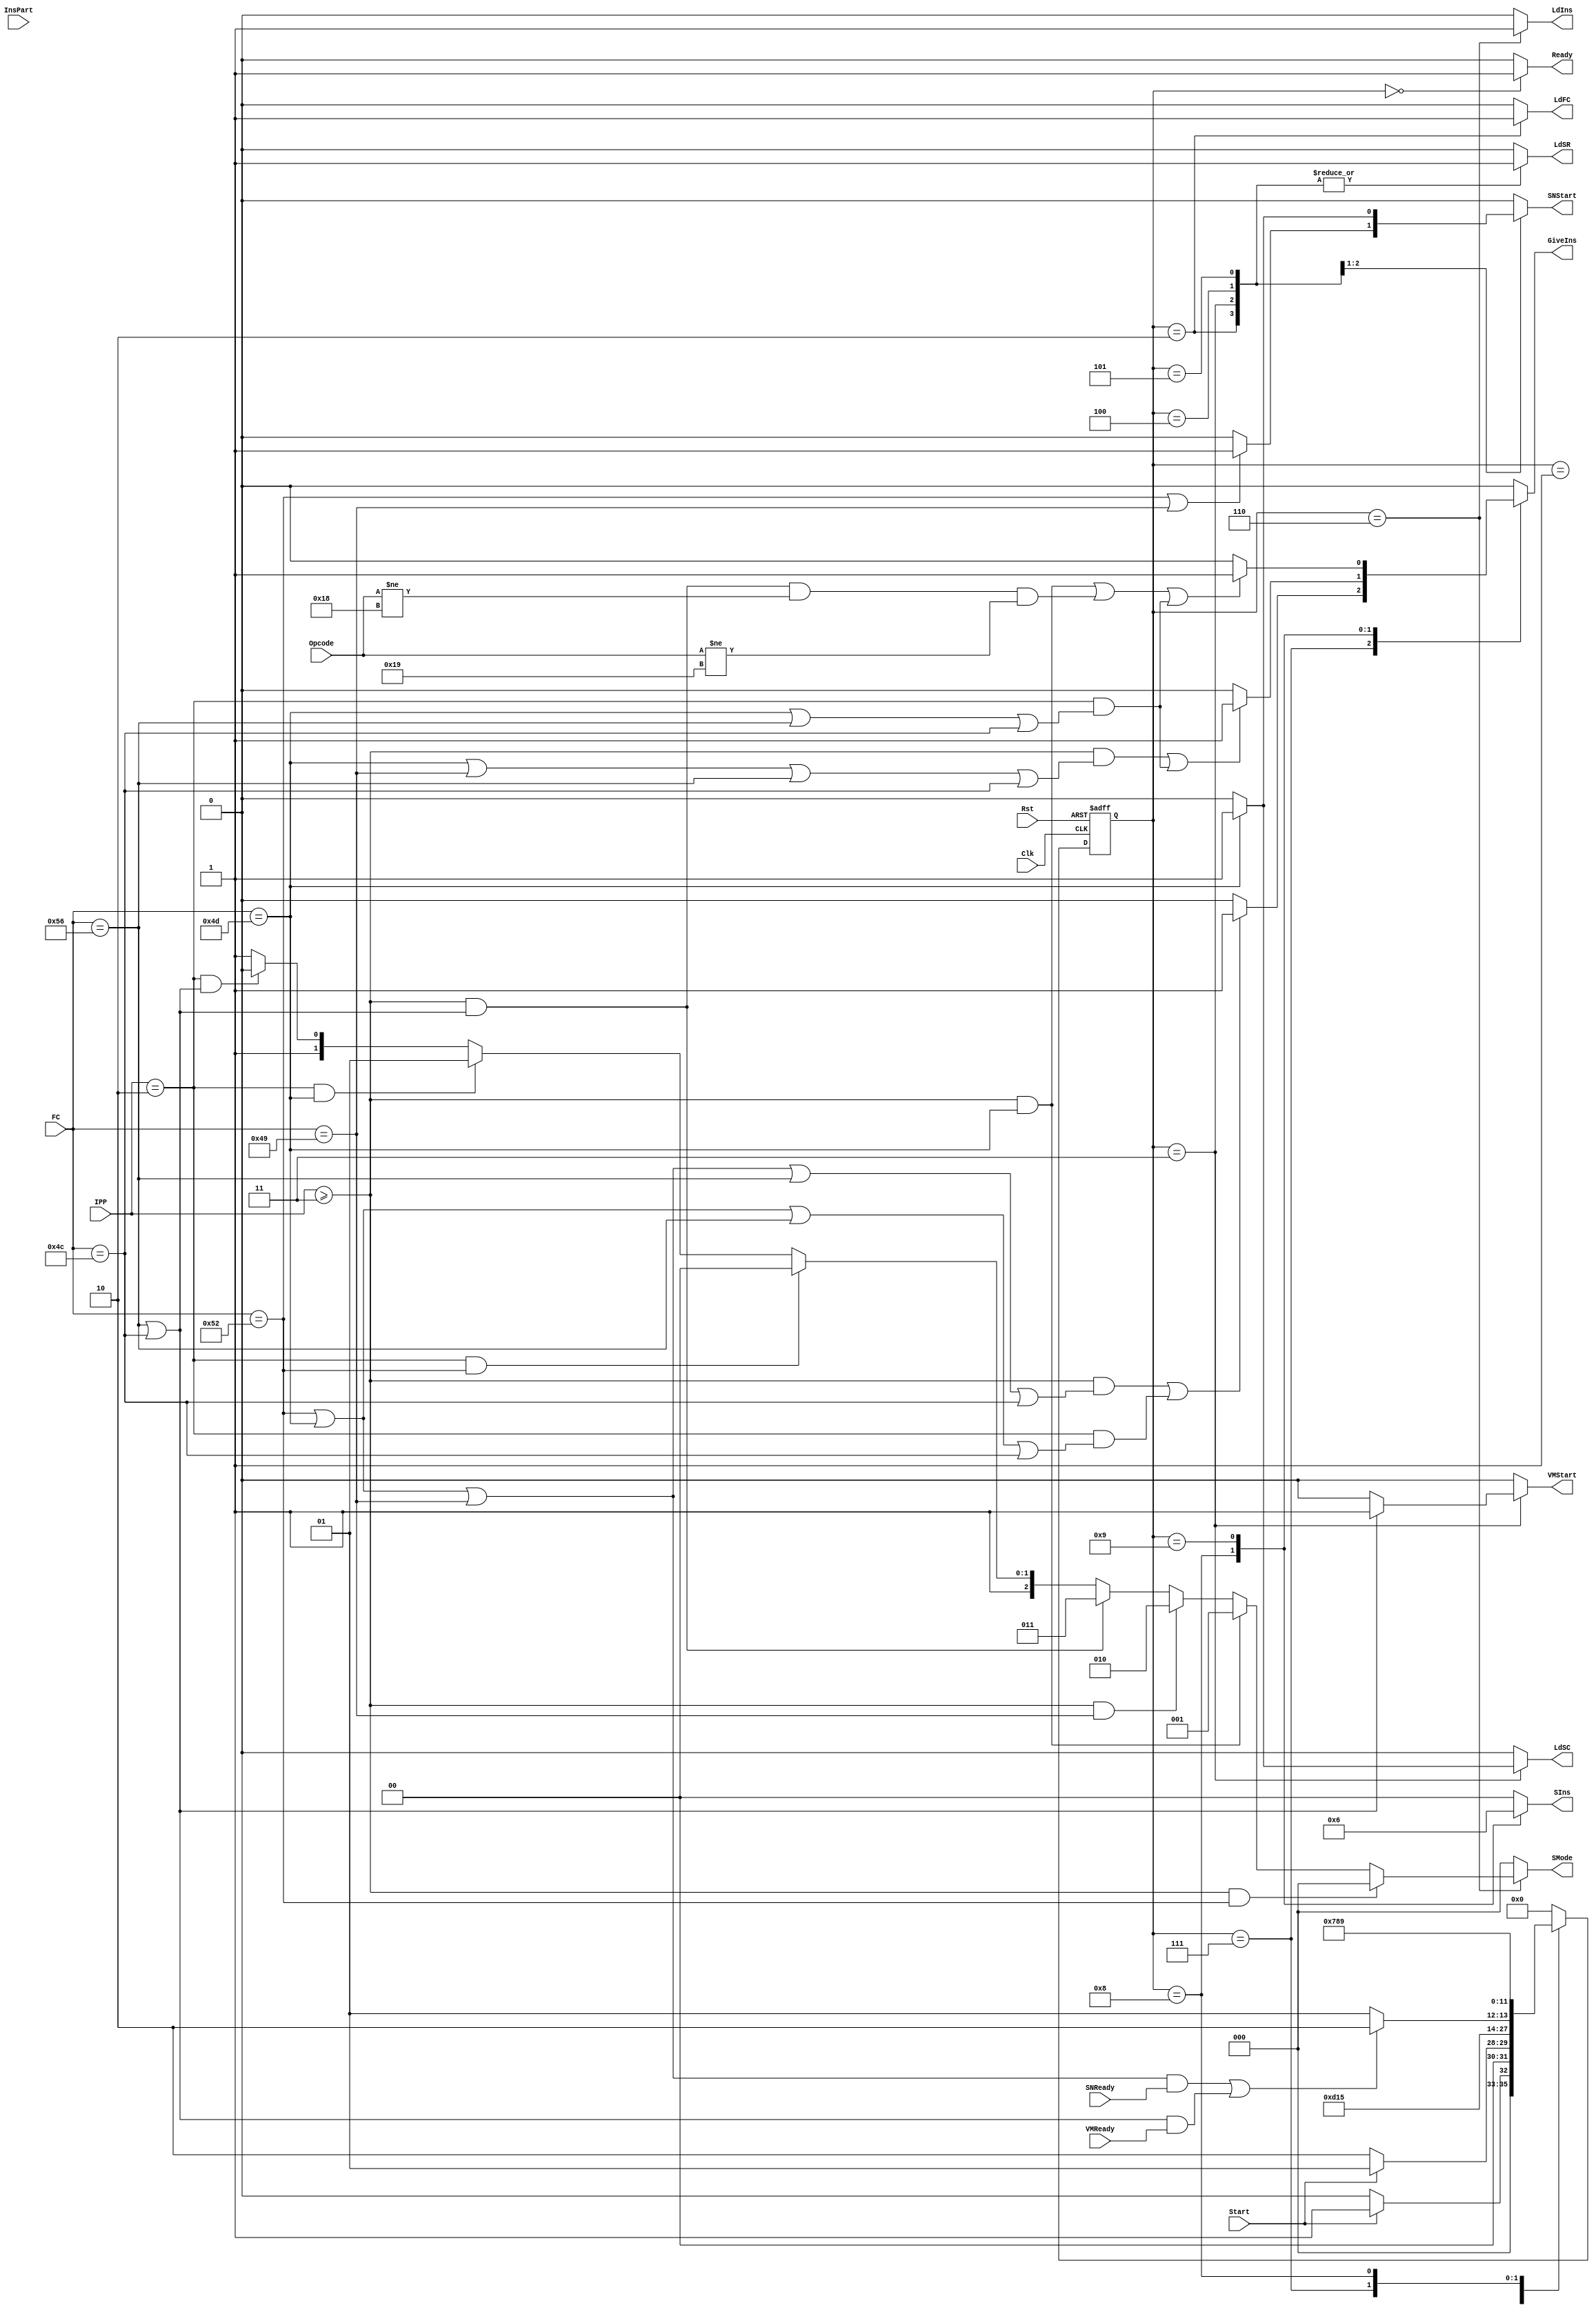
module IOAC_Controller(input [7:0]InsPart,Opcode,input [7:0]FC,input [3:0]IPP,input Start,SNReady,VMReady,Clk,Rst,output reg [2:0]SMode,output reg [1:0]SIns,output reg Ready,SNStart,VMStart,LdFC,LdSC,LdIns,LdSR,GiveIns);
 parameter [3:0]Idle=4'h0,Init=4'h1,LoadFC=4'h2,LoadSC=4'h3,LoadTC=4'h4,Compile=4'h5,LoadIns=4'h6,GiveIns1=4'h7,GiveIns2=4'h8,GiveIns3=4'h9;
 reg [3:0]ps,ns;
 always @(ps,FC,Start,SNReady,VMReady) begin
   begin ns=Idle;{SIns,Ready,SNStart,VMStart,LdFC,LdSC,LdIns,LdSR,SMode,GiveIns}=11'h0; end
   case(ps)
     Idle:begin ns=Start?Init:Idle;Ready=1; end
     Init:begin ns=Start?Init:LoadFC; end
     LoadFC:begin ns=LoadSC;LdFC=1;LdSR=1; end
     LoadSC:begin ns=LoadTC;LdSC=(FC==8'h4D)?1:0;SNStart=(FC==8'h52 | FC==8'h49)?1:0;VMStart=(FC==8'h56 | FC==8'h4C)?1:0;LdSR=1; end
     LoadTC:begin ns=Compile;SNStart=(FC==8'h4D)?1:0;LdSR=1; end
     Compile:begin ns=(((FC==8'h52 | FC==8'h4D | FC==8'h49) & SNReady==1) | ((FC==8'h56 | FC==8'h4C) & VMReady==1))?LoadIns:Compile;LdSR=1; end
     LoadIns:begin ns=GiveIns1;SMode=(IPP>=4'h3 & FC==8'h52)?3'h0:(IPP>=4'h3 & FC==8'h4D)?3'h1:(IPP>=4'h3 & FC==8'h49)?3'h2:(IPP>=4'h3 & (FC==8'h56 | FC==8'h4C))?3'h3:(IPP==4'h2 & FC==8'h52)?3'h4:(IPP==4'h2 & FC==8'h4D)?3'h5:(IPP==4'h2 & (FC==8'h56 | FC==8'h4C))?3'h6:3'h7;LdIns=1; end
     GiveIns1:begin ns=GiveIns2;SIns=2'h0;GiveIns=((IPP>=4'h3 & (FC==8'h52 | FC==8'h4D | FC==8'h49 | FC==8'h56 | FC==8'h4C)) | (IPP==4'h2 & (FC==8'h52 | FC==8'h4D | FC==8'h56 | FC==8'h4C)))?1:0; end
     GiveIns2:begin ns=GiveIns3;SIns=2'h1;GiveIns=((IPP>=4'h3 & (FC==8'h4D | FC==8'h49 | FC==8'h56 | FC==8'h4C)) | (IPP==4'h2 & (FC==8'h4D | FC==8'h56 | FC==8'h4C)))?1:0; end
     GiveIns3:begin ns=Idle;SIns=2'h2;GiveIns=((IPP>=4'h3 & (FC==8'h4D)) | (IPP>=4'h3 & (FC==8'h56 | FC==8'h4C) & Opcode!=8'h18 & Opcode!=8'h19) | (IPP==3'h2 & (FC==8'h4D | FC==8'h56 | FC==8'h4C)))?1:0; end
     default:begin ns=Idle;{SIns,Ready,SNStart,VMStart,LdFC,LdSC,LdIns,LdSR,SMode,GiveIns}=11'h0; end
   endcase
 end
 always @(posedge Clk,posedge Rst) begin
   if (Rst) ps<=Idle;
   else ps<=ns;
  end
endmodule